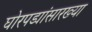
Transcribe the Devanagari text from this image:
घोरपड्यांसारख्या